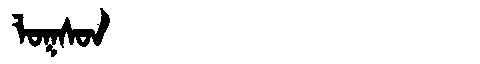
Manchu: ᠯᠣᡴᠰᠣᠨ
Romanization: LOKSON